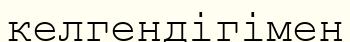
келгендігімен